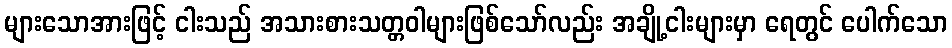
များသောအားဖြင့် ငါးသည် အသားစားသတ္တဝါများဖြစ်သော်လည်း အချို့ငါးများမှာ ရေတွင် ပေါက်သော